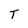
Character: T